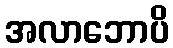
အလာဘောပိ